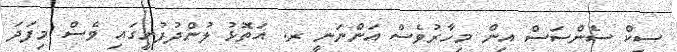
ސިކް ސެންސަސް އިން މިހާރުވެސް އަންނަނީ ރ. އަތޮޅު ލުންދުފުށީގައި ވެސް މިފަދަ